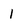
Character: 1